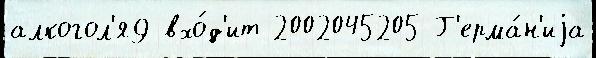
алкогол'я9 вхо́д'ит 2002045205 Г'ерма́н'иjа